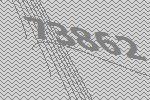
73862